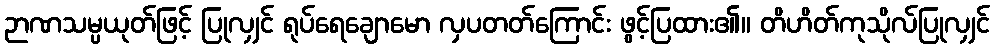
ဉာဏသမ္ပယုတ်ဖြင့် ပြုလျှင် ရုပ်ရေချောမော လှပတတ်ကြောင်း ဖွင့်ပြထား၏။ တိဟိတ်ကုသိုလ်ပြုလျှင်